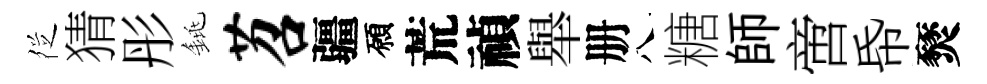
徔猜彤銚苕疆願荒禎舉册八糖師啻帋燹